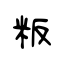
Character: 粄